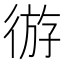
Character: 𫹛